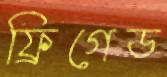
ফ্রিগেড